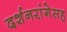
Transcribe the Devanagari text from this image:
दर्शनरांगेसह